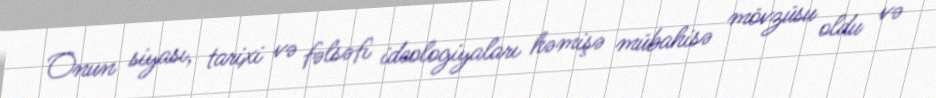
Onun siyası, tarixi və fəlsəfi ideologiyaları həmişə mübahisə mövzüsu oldu və